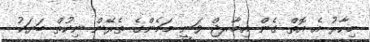
މިހާރު އެ އޮތް ގެން އިމާރޖް ވަނީ މަމެންގެ ތެރޭން ނިކުތް ބަޔަކު